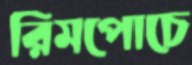
রিমপোচে